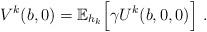
LaTeX: \begin{align*}V^{k}(b,0) = \mathbb{E}_{h_k}\Big[ \gamma U^k(b,0,0)\Big] \ .\end{align*}